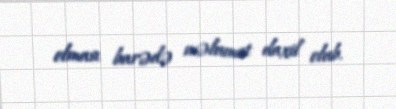
olması barədə məlumat daxil olub.